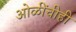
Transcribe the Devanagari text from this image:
ओळींचीही